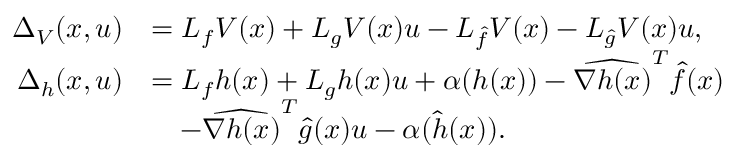
\begin{array} { r l } { \Delta _ { V } ( x , u ) } & { = L _ { f } V ( x ) + L _ { g } V ( x ) u - L _ { \hat { f } } V ( x ) - L _ { \hat { g } } V ( x ) u , } \\ { \Delta _ { h } ( x , u ) } & { = L _ { f } h ( x ) + L _ { g } h ( x ) u + \alpha ( h ( x ) ) - \widehat { \nabla h ( x ) } ^ { T } \hat { f } ( x ) } \\ & { \quad - \widehat { \nabla h ( x ) } ^ { T } \hat { g } ( x ) u - \alpha ( \hat { h } ( x ) ) . } \end{array}